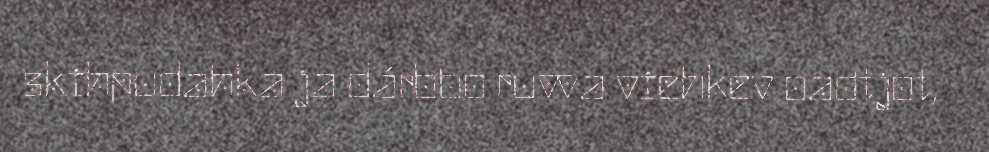
skihpudahka ja dárbbo ruvva viehkev oadtjot,